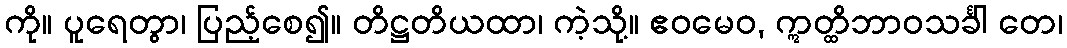
ကို။ ပူရေတွာ၊ ပြည့်စေ၍။ တိဋ္ဌတိယထာ၊ ကဲ့သို့။ ဧဝမေဝ, ဣတ္ထိဘာဝသင်္ခါ တေ၊